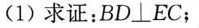
(1)求证：BD⊥EC；